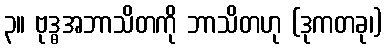
၃။ ဗုဒ္ဓအဘာသိတကို ဘာသိတဟု (ဒုကတခု၊)